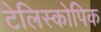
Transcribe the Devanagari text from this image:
टेलिस्कोपिक